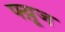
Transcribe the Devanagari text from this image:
फ्य़ूज